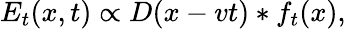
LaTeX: E_{t}(x,t)\propto D(x-vt)*f_{t}(x),